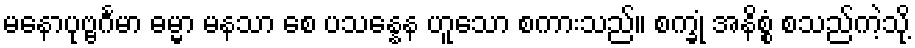
မနောပုဗ္ဗင်္ဂမာ ဓမ္မာ မနသာ စေ ပသန္နေန ဟူသော စကားသည်။ စက္ခုံ အနိစ္စံ စသည်ကဲ့သို့